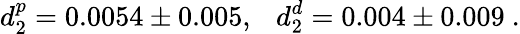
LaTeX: d_{2}^{p}=0.0054\pm 0.005,~~~d_{2}^{d}=0.004\pm 0.009\ .